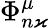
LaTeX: \Phi_{n\varkappa}^{\mu}